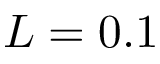
L = 0 . 1